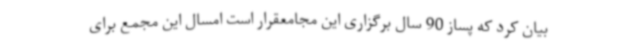
بیان کرد که پساز 90 سال برگزاری این مجامعقرار است امسال این مجمع برای